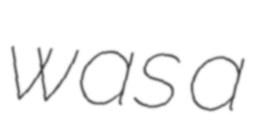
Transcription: was a